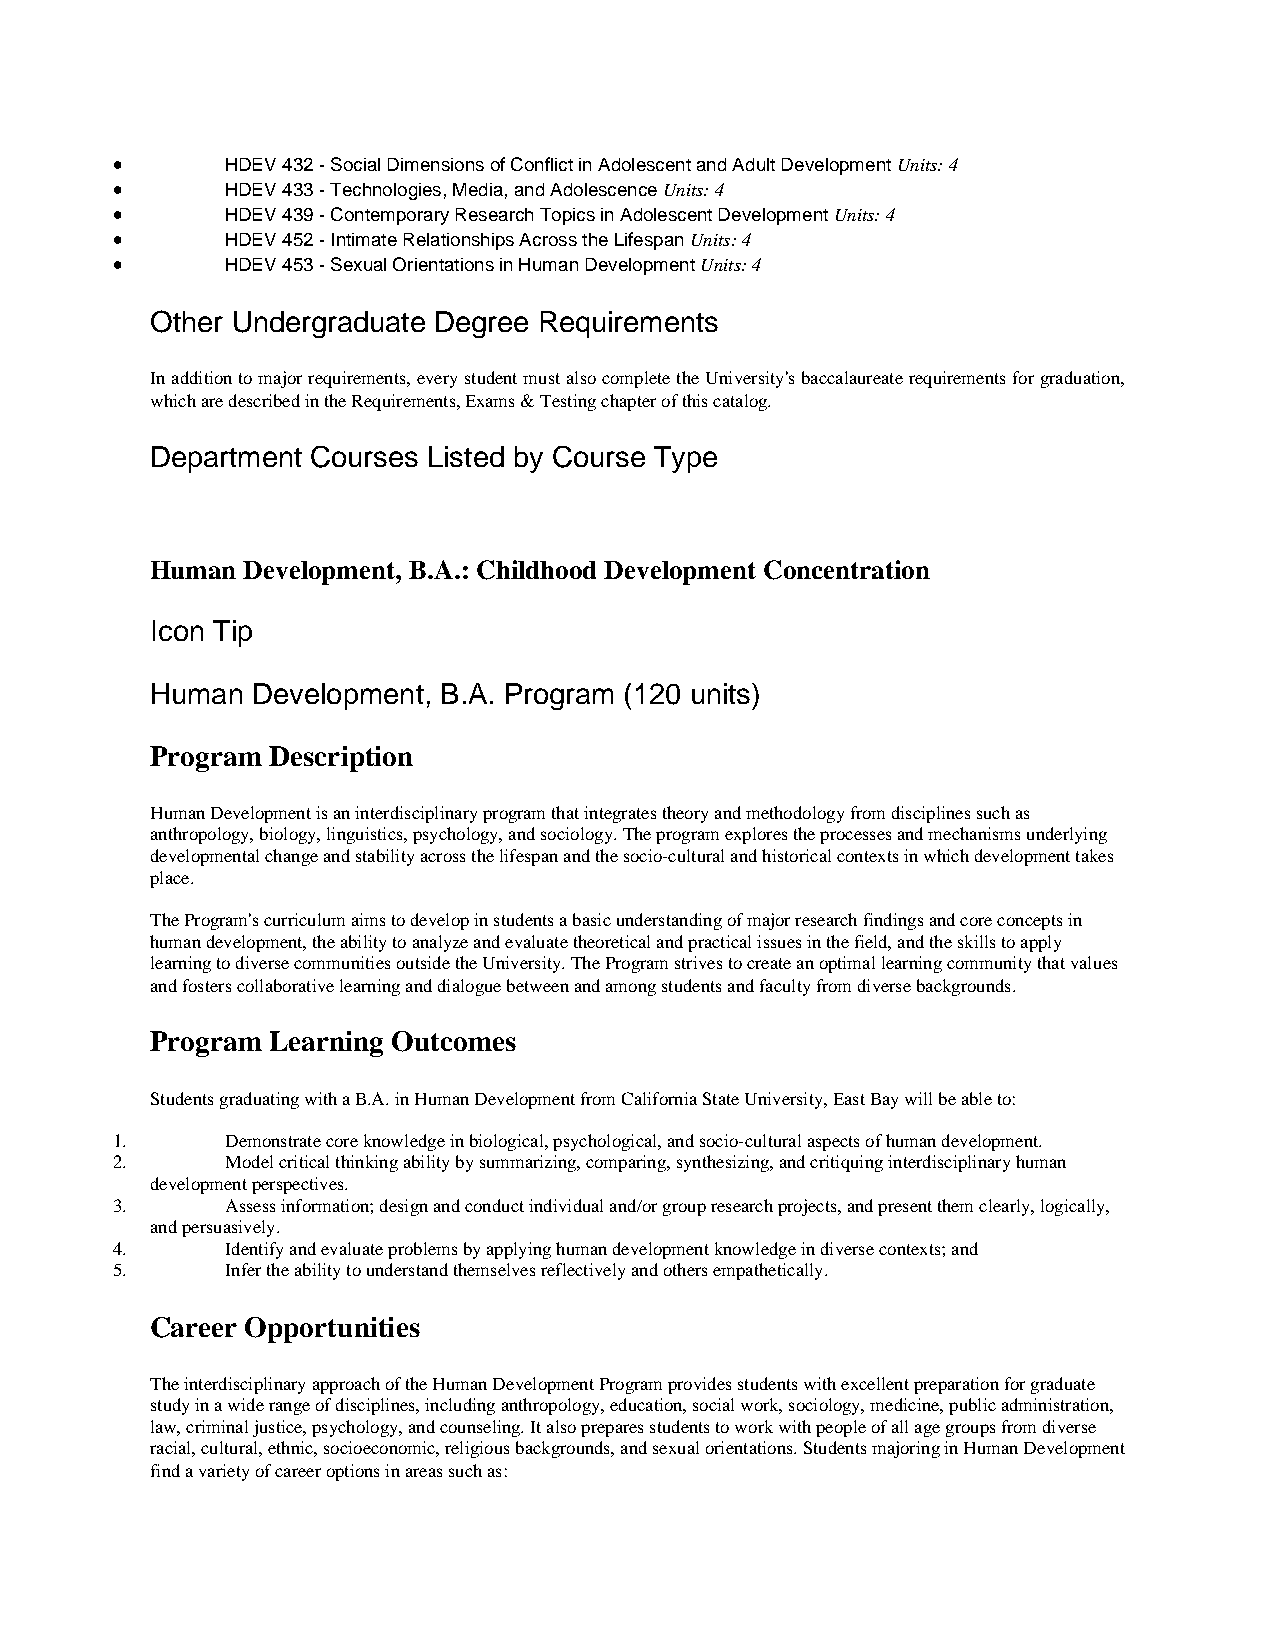
•       HDEV 432 - Social Dimensions of Conflict in Adolescent and Adult Development Units: 4
 •       HDEV 433 - Technologies, Media, and Adolescence Units: 4
 •       HDEV 439 - Contemporary Research Topics in Adolescent Development Units: 4
 •       HDEV 452 - Intimate Relationships Across the Lifespan Units: 4
 •       HDEV 453 - Sexual Orientations in Human Development Units: 4
 Other Undergraduate Degree Requirements
 In addition to major requirements, every student must also complete the University's baccalaureate requirements for graduation,
 which are described in the Requirements, Exams & Testing chapter of this catalog.
 Department Courses Listed by Course Type
 Human Development, B.A.: Childhood Development Concentration
 Icon Tip
 Human  Development, B.A. Program (120 units)
 Program Description
 Human Development is an interdisciplinary program that integrates theory and methodology from disciplines such as
 anthropology, biology, linguistics, psychology, and sociology. The program explores the processes and mechanisms underlying
 developmental change and stability across the lifespan and the socio-cultural and historical contexts in which development takes
 place.
 The Program's curriculum aims to develop in students a basic understanding of major research findings and core concepts in
 human development, the ability to analyze and evaluate theoretical and practical issues in the field, and the skills to apply
 learning to diverse communities outside the University. The Program strives to create an optimal learning community that values
 and fosters collaborative learning and dialogue between and among students and faculty from diverse backgrounds.
 Program Learning Outcomes
 Students graduating with a B.A. in Human Development from California State University, East Bay will be able to:
 1.      Demonstrate core knowledge in biological, psychological, and socio-cultural aspects of human development.
 2.      Model critical thinking ability by summarizing, comparing, synthesizing, and critiquing interdisciplinary human
 development perspectives.
 3.      Assess information; design and conduct individual and/or group research projects, and present them clearly, logically,
 and persuasively.
 4.      Identify and evaluate problems by applying human development knowledge in diverse contexts; and
 5.      Infer the ability to understand themselves reflectively and others empathetically.
 Career Opportunities
 The interdisciplinary approach of the Human Development Program provides students with excellent preparation for graduate
 study in a wide range of disciplines, including anthropology, education, social work, sociology, medicine, public administration,
 law, criminal justice, psychology, and counseling. It also prepares students to work with people of all age groups from diverse
 racial, cultural, ethnic, socioeconomic, religious backgrounds, and sexual orientations. Students majoring in Human Development
 find a variety of career options in areas such as: